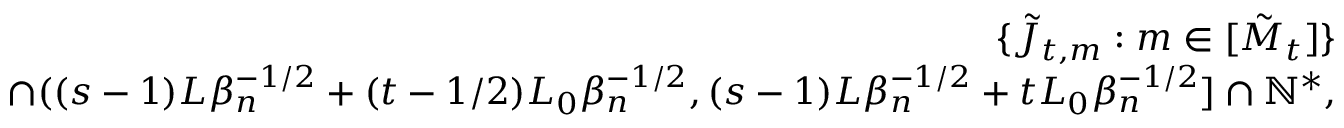
\begin{array} { r l r } & { } & { \{ \tilde { J } _ { t , m } : m \in [ \tilde { M } _ { t } ] \} } \\ & { } & { \cap ( ( s - 1 ) L \beta _ { n } ^ { - 1 \slash 2 } + ( t - 1 \slash 2 ) L _ { 0 } \beta _ { n } ^ { - 1 \slash 2 } , ( s - 1 ) L \beta _ { n } ^ { - 1 \slash 2 } + t L _ { 0 } \beta _ { n } ^ { - 1 \slash 2 } ] \cap \mathbb { N } ^ { * } , } \end{array}